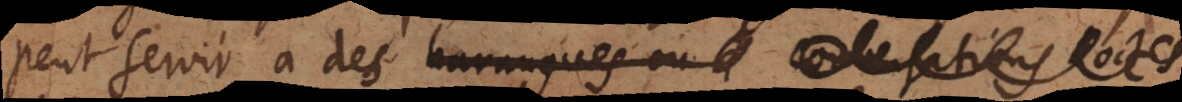
peut servir à des harangues ou à conversations doctes